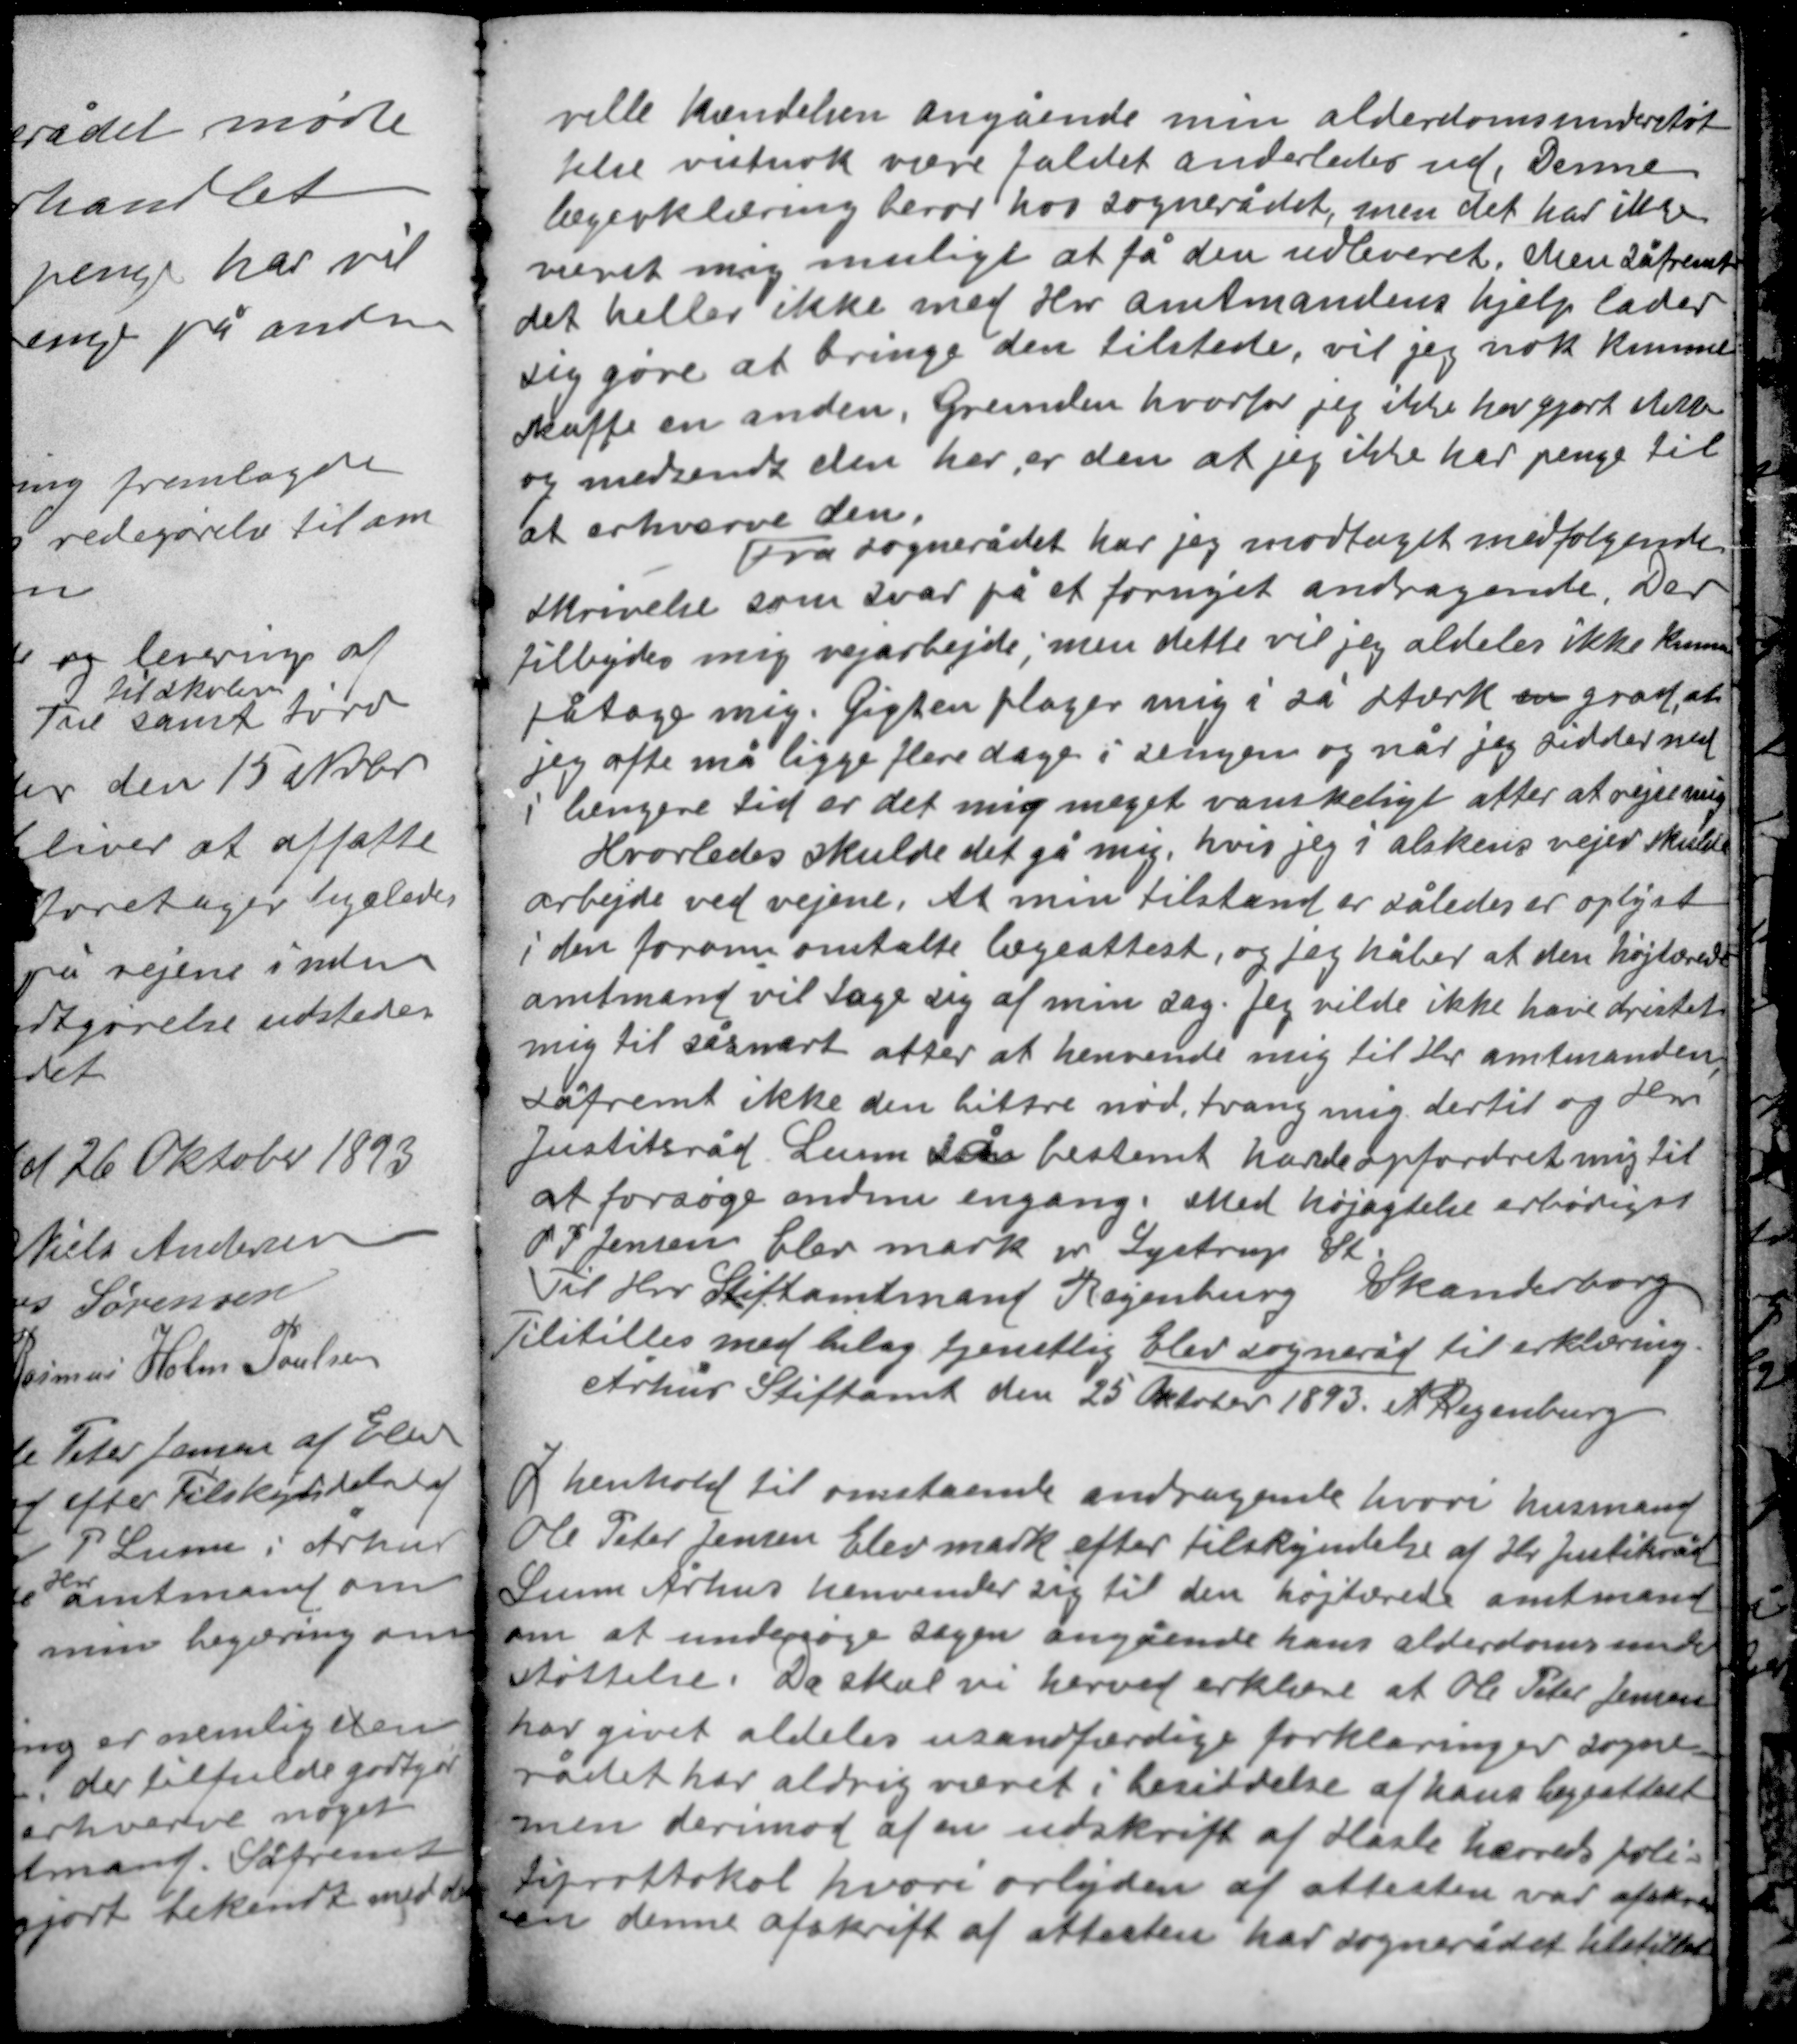
Transskription:
ville kendelsen angående min alderdomsunderstøt-
telse vistnok være faldet anderledes ud. Denne
lægeerklæring beror hos sognerådet, men det har ikke
været mig muligt at få den udleveret. Men såfremt
det heller ikke med Hr amtmandens hjælp lader
sig gøre at bringe den tilstede, vil jeg nok kunne
skaffe en anden. Grunden hvorfor jeg ikke har gjort dette
og medsendt den her, er den at jeg ikke har penge til
at erhverve den.

Fra sognerådet har jeg modtaget medfølgende
skrivelse som svar på et fornyet andragende. Der
tilbydes mig vejarbejde, men dette vil jeg aldeles ikke kunne
påtage mig. Gigten plager mig i så stærk en grad, at
jeg ofte må ligge flere dage i sengen og når jeg sidder ned
i længere tid er det mig meget vanskeligt atter at rejse mig.
Hvorledes skulde det gå mig, hvis jeg i alskens vejer skulde
arbejde ved vejene. At min tilstand er således er oplyst
i den forom omtalte lægeattest, og jeg håber at den højtærede
amtmand vil tage sig af min sag. Jeg vilde ikke have dristet
mig til såsnart atter at henvende mig til Hr amtmanden,
såfremt ikke den bittre nød tvang mig dertil og Hr
Justitsråd Lunn så bestemt havde opfordret mig til
at forsøge endnu engang. Med højagtelse ærbødigst
O. P. Jensen Elev mark pr Lystrup St.
Til Hrr Stiftamtmand Regenburg Skanderborg
Tilstilles med bilag tjenstlig Elev sogneråd til erklæring
Århus Stiftamt den 25 Oktober 1893 A Regenburg

I henhold til omstående andragende hvori husmand
Ole Peter Jensen Elev mark efter tilskyndelse af Hr Justitsråd
Lunn Århus henvender sig til den højtærede amtmand
om at undersøge sagen angående hans alderdomsunder-
støttelse. Da skal vi herved erklære at Ole Peter Jensen
har givet aldeles usandfærdige forklaringer sogne-
rådet har aldrig været i besiddelse af hans lægeattest
men derimod af en udskrift af Hasle herreds poli-
tiprotokol hvori orlyden af attesten var afskrev-
en denne afskrift af attesten har sognerådet tilstillet